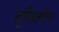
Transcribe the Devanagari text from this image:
वृत्तिलोप